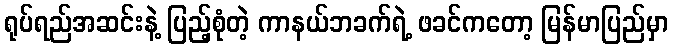
ရုပ်ရည်အဆင်းနဲ့ ပြည့်စုံတဲ့ ကာနယ်ဘခက်ရဲ့ ဖခင်ကတော့ မြန်မာပြည်မှာ